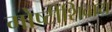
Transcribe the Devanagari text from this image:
गोष्‍टींशिवाय